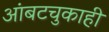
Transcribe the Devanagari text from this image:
आंबटचुकाही